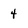
Character: 4